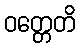
ဝတ္တေတိ